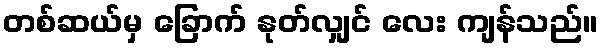
တစ်ဆယ်မှ ခြောက် နုတ်လျှင် လေး ကျန်သည်။